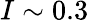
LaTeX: I\sim 0.3